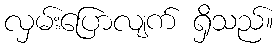
လှမ်းပြောလျက် ရှိသည်။